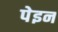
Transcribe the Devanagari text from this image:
पेइन